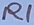
Text: R1